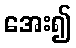
အေး၍